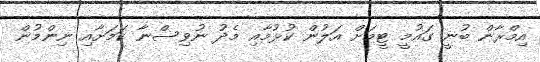
އިމްރާން ބުނީ ގައުމީ ޓީމަށް އަލުން ކުޅުމާއި މެދު ނުވިސްނާ ކަމަށާއި ނިންމުން